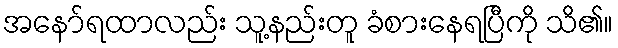
အနော်ရထာလည်း သူ့နည်းတူ ခံစားနေရပြီကို သိ၏။